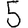
Digit: 5